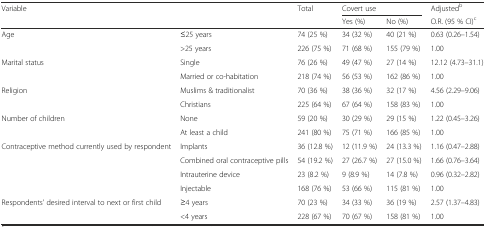
| <ROWSPAN=2-COLSPAN=2> Variable | Total | <COLSPAN=2> Covert use | Adjustedb |
 |  | Yes (%) | No (%) | O.R. (95 % CI)c |
 | --- | --- | --- | --- | --- | --- |
 | <ROWSPAN=2> Age | ≤25 years | 74 (25 %) | 34 (32 %) | 40 (21 %) | 0.63 (0.26–1.54) |
 | >25 years | 226 (75 %) | 71 (68 %) | 155 (79 %) | 1.00 |
 | <ROWSPAN=2> Marital status | Single | 76 (26 %) | 49 (47 %) | 27 (14 %) | 12.12 (4.73–31.1) |
 | Married or co-habitation | 218 (74 %) | 56 (53 %) | 162 (86 %) | 1.00 |
 | <ROWSPAN=2> Religion | Muslims & traditionalist | 70 (36 %) | 38 (36 %) | 32 (17 %) | 4.56 (2.29–9.06) |
 | Christians | 225 (64 %) | 67 (64 %) | 158 (83 %) | 1.00 |
 | <ROWSPAN=2> Number of children | None | 59 (20 %) | 30 (29 %) | 29 (15 %) | 1.22 (0.45–3.26) |
 | At least a child | 241 (80 %) | 75 (71 %) | 166 (85 %) | 1.00 |
 | <ROWSPAN=4> Contraceptive method currently used by respondent | Implants | 36 (12.8 %) | 12 (11.9 %) | 24 (13.3 %) | 1.16 (0.47–2.88) |
 | Combined oral contraceptive pills | 54 (19.2 %) | 27 (26.7 %) | 27 (15.0 %) | 1.66 (0.76–3.64) |
 | Intrauterine device | 23 (8.2 %) | 9 (8.9 %) | 14 (7.8 %) | 0.96 (0.32–2.82) |
 | Injectable | 168 (76 %) | 53 (66 %) | 115 (81 %) | 1.00 |
 | <ROWSPAN=2> Respondents’ desired interval to next or first child | ≥4 years | 70 (23 %) | 34 (33 %) | 36 (19 %) | 2.57 (1.37–4.83) |
 | <4 years | 228 (67 %) | 70 (67 %) | 158 (81 %) | 1.00 |